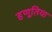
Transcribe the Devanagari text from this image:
हणूतिया